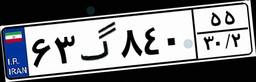
۶۳گ۸۴۰۵۵